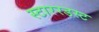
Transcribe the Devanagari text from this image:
स्टाररडस्ट